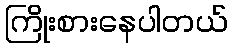
ကြိုးစားနေပါတယ်